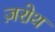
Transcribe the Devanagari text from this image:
ज़रोथ